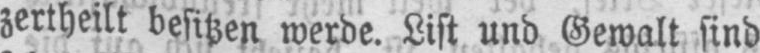
zertheilt besitzen werde. List und Gewalt sind